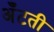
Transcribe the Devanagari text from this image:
अँटती